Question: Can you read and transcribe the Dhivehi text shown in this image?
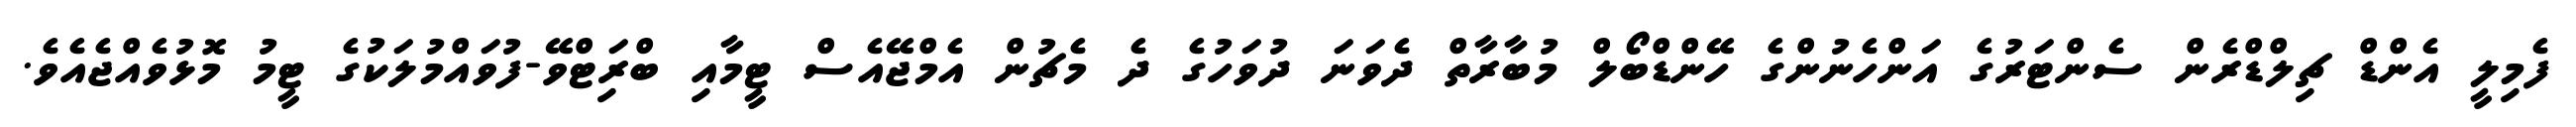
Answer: ފެމިލީ އެންޑް ޗިލްޑްރެން ސެންޓަރުގެ އަންހެނުންގެ ހޭންޑްބޯލް މުބާރާތް ދެވަނަ ދުވަހުގެ ދެ މެޗުން އެމްޖޭއެސް ޓީމާއި ބްރަިޓްވޭ-ފުވައްމުލަކުގެ ޓީމު މޮޅުވެއްޖެއެވެ.